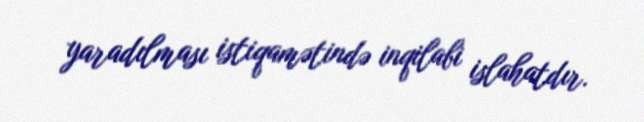
yaradılması istiqamətində inqilabi islahatdır.